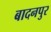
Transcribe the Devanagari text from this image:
बादनपुर